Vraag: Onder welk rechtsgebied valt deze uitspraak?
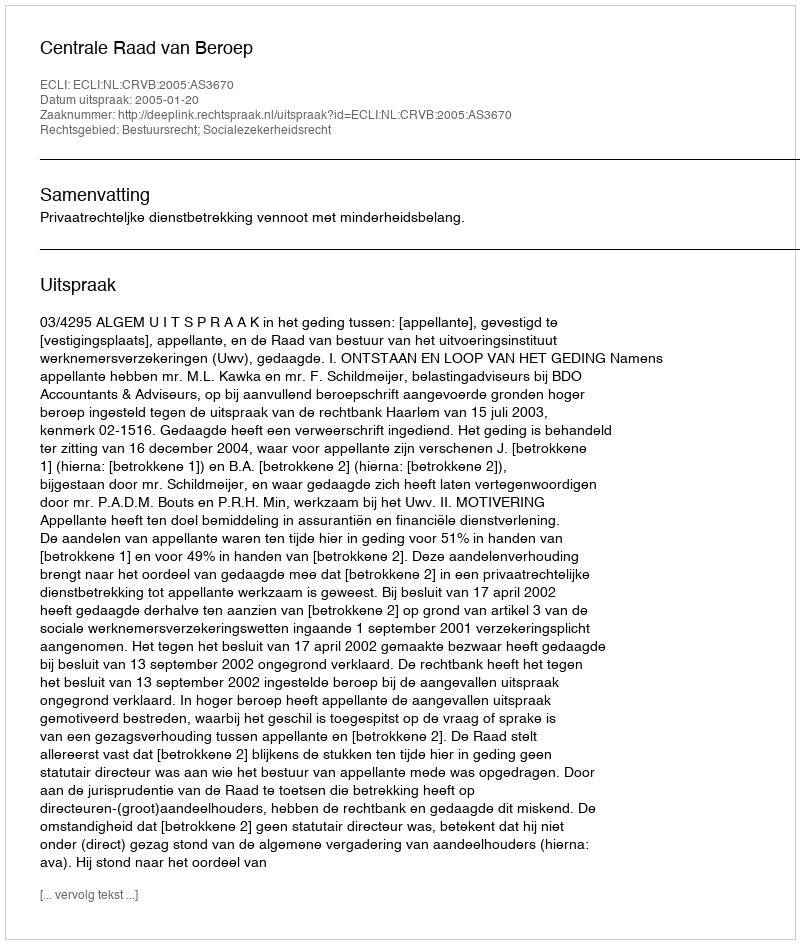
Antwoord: Bestuursrecht; Socialezekerheidsrecht